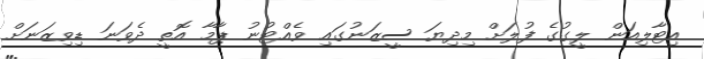
އިޓާލިއަން ލީގުގެ ފުލަށް މިދިޔަ ސީޒަނުގައި ވެއްޓުނު ޕާމާ އޮތީ ދެވަނަ ޑިވިޒަނަށް